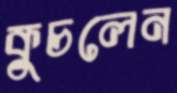
কুচলেন